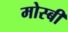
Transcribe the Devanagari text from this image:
मोस्बी